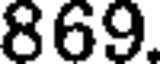
869.